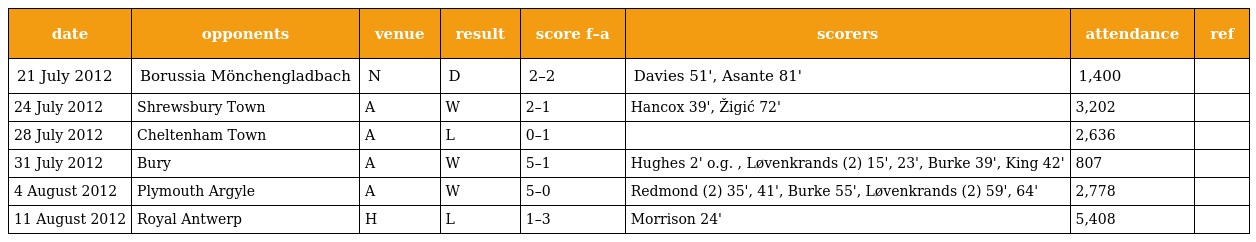
| date | opponents | venue | result | score f–a | scorers | attendance | ref |
 | --- | --- | --- | --- | --- | --- | --- | --- |
 | 21 July 2012 | Borussia Mönchengladbach | N | D | 2–2 | Davies 51', Asante 81' | 1,400 |  |
 | 24 July 2012 | Shrewsbury Town | A | W | 2–1 | Hancox 39', Žigić 72' | 3,202 |  |
 | 28 July 2012 | Cheltenham Town | A | L | 0–1 |  | 2,636 |  |
 | 31 July 2012 | Bury | A | W | 5–1 | Hughes 2' o.g. , Løvenkrands (2) 15', 23', Burke 39', King 42' | 807 |  |
 | 4 August 2012 | Plymouth Argyle | A | W | 5–0 | Redmond (2) 35', 41', Burke 55', Løvenkrands (2) 59', 64' | 2,778 |  |
 | 11 August 2012 | Royal Antwerp | H | L | 1–3 | Morrison 24' | 5,408 |  |